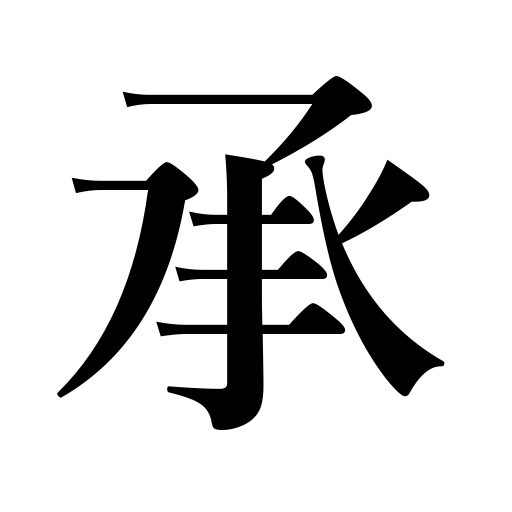
Meanings: undergo an operation,sustain a loss,take an exam,be exposed to ridicule,parry,inherit,answer the phone,catch a ball,listen to,obtain,get,face,catch the public fancy,front of,accept,take,be informed,stop a blow,receive,hear